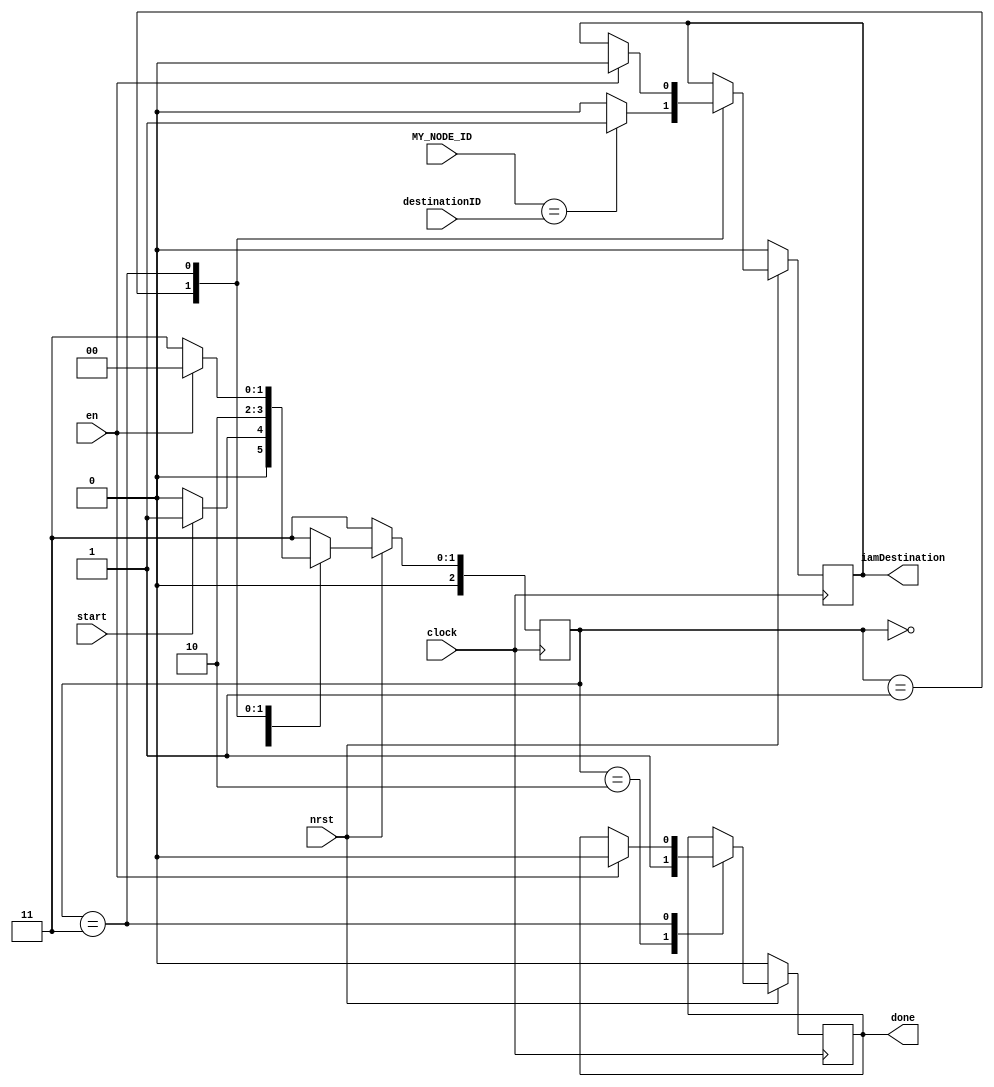
`timescale 1ns/1ps
`define WORD_WIDTH 16

module amIDestination(clock, nrst, en, start, MY_NODE_ID, destinationID, iamDestination, done);
	input clock, nrst, en, start;
	input [`WORD_WIDTH-1:0] MY_NODE_ID, destinationID;
	output iamDestination, done;

	// Registers
	reg iamDestination_buf, done_buf;
	reg [2:0] state;

	always @ (posedge clock) begin
		if (!nrst) begin
			iamDestination_buf = 0;
			done_buf = 0;
			state = 3;
		end
		else begin
			case (state)
				0: begin
					if (start)
						state = 1;
					else state = 0;
				end

				1: begin
					if (MY_NODE_ID == destinationID)
						iamDestination_buf = 1;
					else iamDestination_buf = 0;
					state = 2;
				end

				2: begin
					done_buf = 1;
					state = 3;
				end

				3: begin
					if (en) begin
						iamDestination_buf = 0;
						done_buf = 0;
						state = 0;
					end
					else state = 3;
				end

				default: state = 3;
			endcase
		end
	end

	assign iamDestination = iamDestination_buf;
	assign done = done_buf;
endmodule